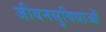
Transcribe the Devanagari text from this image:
जीवनसुविधाओं